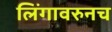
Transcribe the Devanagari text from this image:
लिंगावरुनच